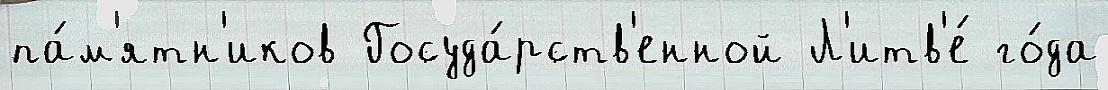
па́м'ятн'иков Госуда́рств'енной Л'итв'е́ го́да